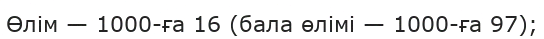
Өлім — 1000-ға 16 (бала өлімі — 1000-ға 97);